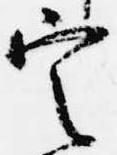
定